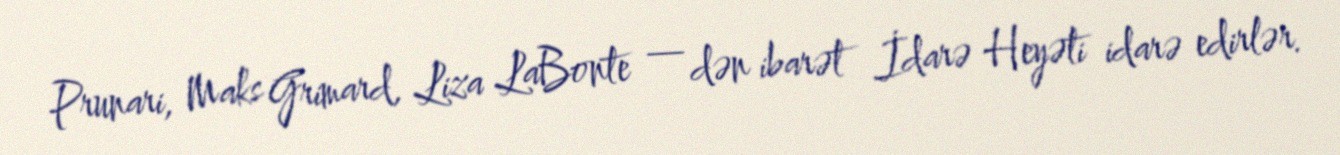
Prunari, Maks Grimard, Liza LaBonte — dən ibarət İdarə Heyəti idarə edirlər.